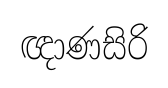
ඥාණසිරි